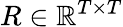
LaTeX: R\in\mathbb{R}^{T\times T}